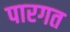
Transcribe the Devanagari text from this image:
पारगत